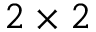
2 \times 2